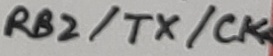
Text: RB2/TX/CK